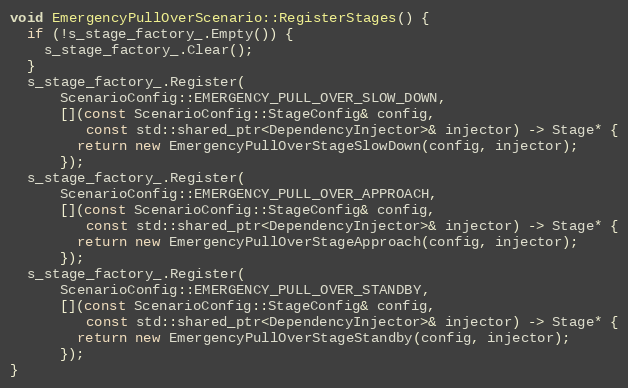
Language: C++
void EmergencyPullOverScenario::RegisterStages() {
  if (!s_stage_factory_.Empty()) {
    s_stage_factory_.Clear();
  }
  s_stage_factory_.Register(
      ScenarioConfig::EMERGENCY_PULL_OVER_SLOW_DOWN,
      [](const ScenarioConfig::StageConfig& config,
         const std::shared_ptr<DependencyInjector>& injector) -> Stage* {
        return new EmergencyPullOverStageSlowDown(config, injector);
      });
  s_stage_factory_.Register(
      ScenarioConfig::EMERGENCY_PULL_OVER_APPROACH,
      [](const ScenarioConfig::StageConfig& config,
         const std::shared_ptr<DependencyInjector>& injector) -> Stage* {
        return new EmergencyPullOverStageApproach(config, injector);
      });
  s_stage_factory_.Register(
      ScenarioConfig::EMERGENCY_PULL_OVER_STANDBY,
      [](const ScenarioConfig::StageConfig& config,
         const std::shared_ptr<DependencyInjector>& injector) -> Stage* {
        return new EmergencyPullOverStageStandby(config, injector);
      });
}